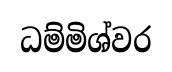
ධම්මිශ්වර